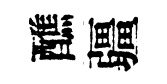
醮疆